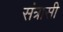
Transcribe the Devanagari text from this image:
संत्रासी